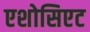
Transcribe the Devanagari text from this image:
एशोसिएट